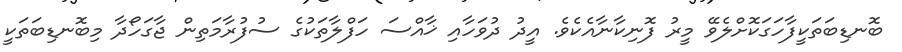
ބޮނޑިބަތަކީފާހަގަކޮށްލެވޭ މީރު ފޮނިކާނާއެކެވެ. އީދު ދުވަހާއި ޚާއްސަ ހަފްލާތަކުގެ ސުފުރާމަތިން ޖާގަހޯދާ މިބޮނޑިބަތަކީ